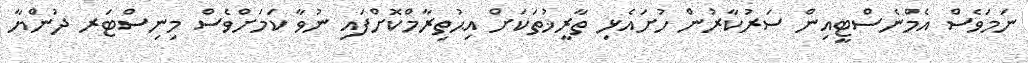
ނަމަވެސް އެމްނެސްޓީއިން ސަރުކާރުން ހުށައެޅި ތާރީޚުތަކަށް އިޙުތިރާމްކޮށްފައި ނުވާ ކަމަށްވެސް މިނިސްޓަރ ދުންޔާ